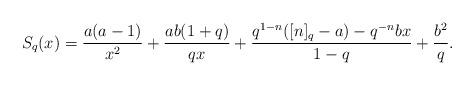
LaTeX: \begin{align*}S_q(x) =\frac{a(a-1)}{x^2}+\frac{ab(1+q)}{qx}+\frac{q^{1-n}([n]_q-a)-q^{-n}bx}{1-q} +\frac{b^2}{q}.\end{align*}